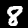
Digit: 8